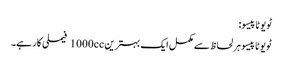
ٹویوٹا پیسو:
ٹویوٹا پیسو ہر لحاظ سے مکمل ایک بہترین 1000cc فیملی کار ہے۔